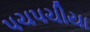
પચ૫ચીયા